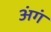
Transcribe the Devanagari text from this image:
अंगं